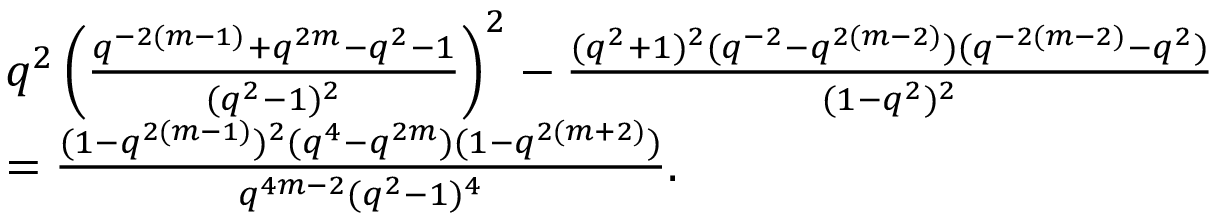
\begin{array} { r l } & { q ^ { 2 } \left( \frac { q ^ { - 2 ( m - 1 ) } + q ^ { 2 m } - q ^ { 2 } - 1 } { ( q ^ { 2 } - 1 ) ^ { 2 } } \right) ^ { 2 } - \frac { ( q ^ { 2 } + 1 ) ^ { 2 } ( q ^ { - 2 } - q ^ { 2 ( m - 2 ) } ) ( q ^ { - 2 ( m - 2 ) } - q ^ { 2 } ) } { ( 1 - q ^ { 2 } ) ^ { 2 } } } \\ & { = \frac { ( 1 - q ^ { 2 ( m - 1 ) } ) ^ { 2 } ( q ^ { 4 } - q ^ { 2 m } ) ( 1 - q ^ { 2 ( m + 2 ) } ) } { q ^ { 4 m - 2 } ( q ^ { 2 } - 1 ) ^ { 4 } } . } \end{array}